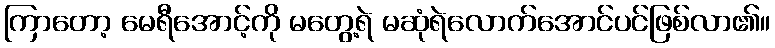
ကြာတော့ မေရီအောင့်ကို မတွေ့ရဲ မဆုံရဲလောက်အောင်ပင်ဖြစ်လာ၏။